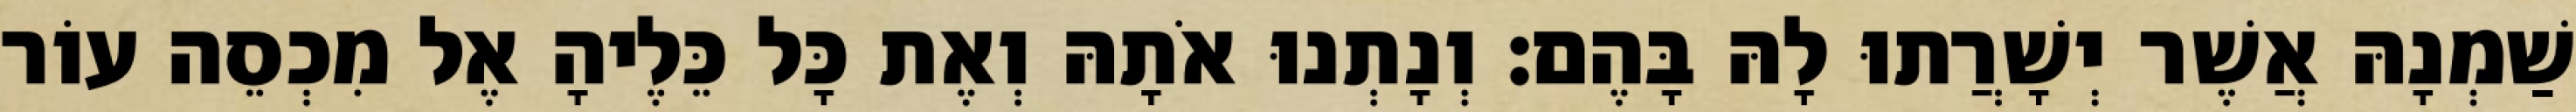
שַׁמְנָהּ אֲשֶׁר יְשָׁרֲתוּ לָהּ בָּהֶם׃ וְנָתְנוּ אֹתָהּ וְאֶת כָּל כֵּלֶיהָ אֶל מִכְסֵה עוֹר